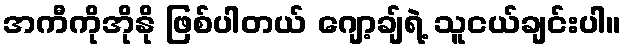
အကီကိုအိုနို ဖြစ်ပါတယ် ဂျော့ချ်ရဲ့ သူငယ်ချင်းပါ။